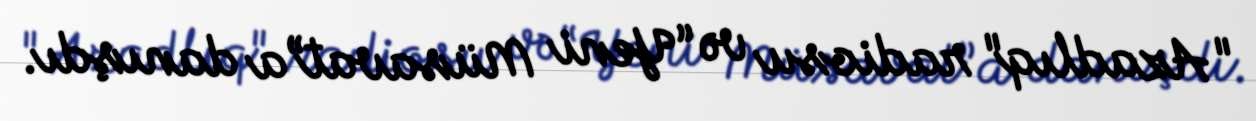
"Azadlıq" radiosu və “Yeni Müsavat”a danışdı.